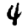
Digit: 4